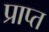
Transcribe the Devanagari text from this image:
प्राप्त